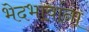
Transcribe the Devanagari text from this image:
भेदभावांना